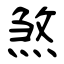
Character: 煞